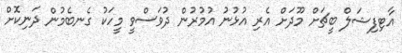
އާޓިފިޝަލް ބީޗަށް މޫދަށް އެރި އުޅުނު އުމުރުން ދުވަސްވީ މީހަކު ގެނބެމުން ދަނިކޮށް